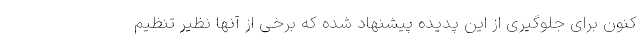
کنون برای جلوگیری از این پدیده پیشنهاد شده که برخی از آنها نظیر تنظیم